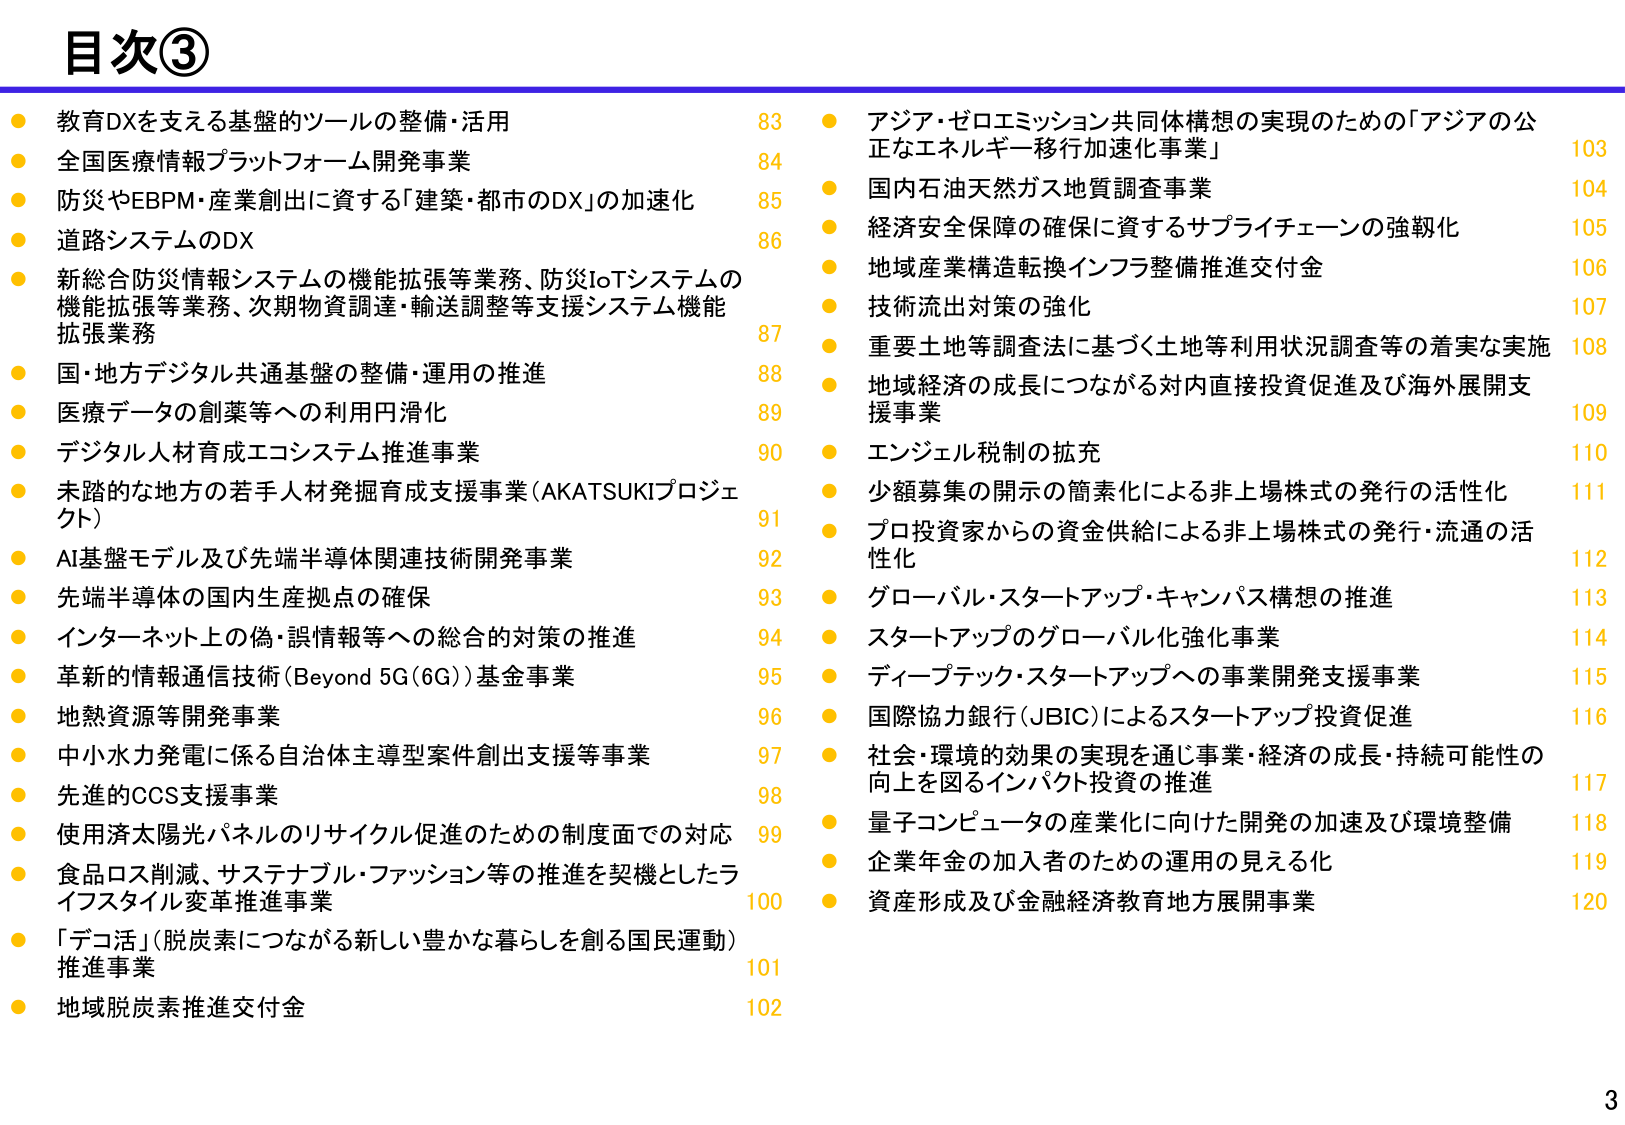
目次③

● 教育DXを支える基盤的ツールの整備・活用 83
● 全国医療情報プラットフォーム開発事業 84
● 防災やEBPM・産業創出に資する「建築・都市のDX」の加速化 85
● 道路システムのDX 86
● 新総合防災情報システムの機能拡張等業務、防災IoTシステムの機能拡張等業務、次期物資調達・輸送調整等支援システム機能拡張業務 87
● 国・地方デジタル共通基盤の整備・運用の推進 88
● 医療データの創薬等への利用円滑化 89
● デジタル人材育成エコシステム推進事業 90
● 未踏的な地方の若手人材発掘育成支援事業（AKATSUKIプロジェクト） 91
● AI基盤モデル及び先端半導体関連技術開発事業 92
● 先端半導体の国内生産拠点の確保 93
● インターネット上の偽・誤情報等への総合的対策の推進 94
● 革新的情報通信技術（Beyond 5G（6G））基金事業 95
● 地熱資源等開発事業 96
● 中小水力発電に係る自治体主導型案件創出支援等事業 97
● 先進的CCS支援事業 98
● 使用済太陽光パネルのリサイクル促進のための制度面での対応 99
● 食品ロス削減、サステナブル・ファッション等の推進を契機としたライフスタイル変革推進事業 100
● 「デコ活」（脱炭素につながる新しい豊かな暮らしを創る国民運動）推進事業 101
● 地域脱炭素推進交付金 102

● アジア・ゼロエミッション共同体構想の実現のための「アジアの公正なエネルギー移行加速化事業」 103
● 国内石油天然ガス地質調査事業 104
● 経済安全保障の確保に資するサプライチェーンの強靭化 105
● 地域産業構造転換インフラ整備推進交付金 106
● 技術流出対策の強化 107
● 重要土地等調査法に基づく土地等利用状況調査等の着実な実施 108
● 地域経済の成長につながる対内直接投資促進及び海外展開支援事業 109
● エンジェル税制の拡充 110
● 少額募集の開示の簡素化による非上場株式の発行の活性化 111
● プロ投資家からの資金供給による非上場株式の発行・流通の活性化 112
● グローバル・スタートアップ・キャンパス構想の推進 113
● スタートアップのグローバル化強化事業 114
● ディープテック・スタートアップへの事業開発支援事業 115
● 国際協力銀行（JBIC）によるスタートアップ投資促進 116
● 社会・環境的効果の実現を通じ事業・経済の成長・持続可能性の向上を図るインパクト投資の推進 117
● 量子コンピュータの産業化に向けた開発の加速及び環境整備 118
● 企業年金の加入者のための運用の見える化 119
● 資産形成及び金融経済教育地方展開事業 120

3